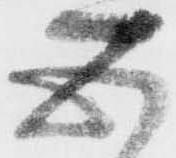
五